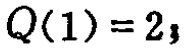
$Q(1)=2$